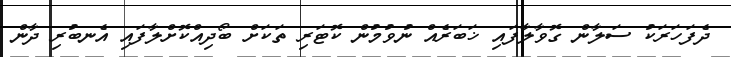
ދެފަހަރަކު ސަލާން ގޮވާލާފައި ޚަބަރެއް ނުވުމުން ކޮޓަރި ތަކަށް ބޯދިއްކޮށްލާފައި އެނބުރި ދާން